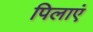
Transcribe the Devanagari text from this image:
पिलाएं